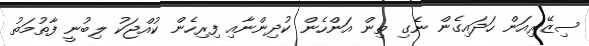
ސިޒޭރިއަން ހަދައިގެން ނެގި ތިން އަންހެން ކުދިންނާއި ފިރިހެން ކުއްޖަކު ލިބުނީ ފާތުމަތު